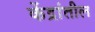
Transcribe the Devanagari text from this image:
केंद्रांतील